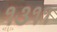
૧૩૧૧